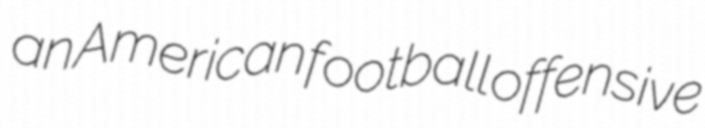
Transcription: an American football offensive